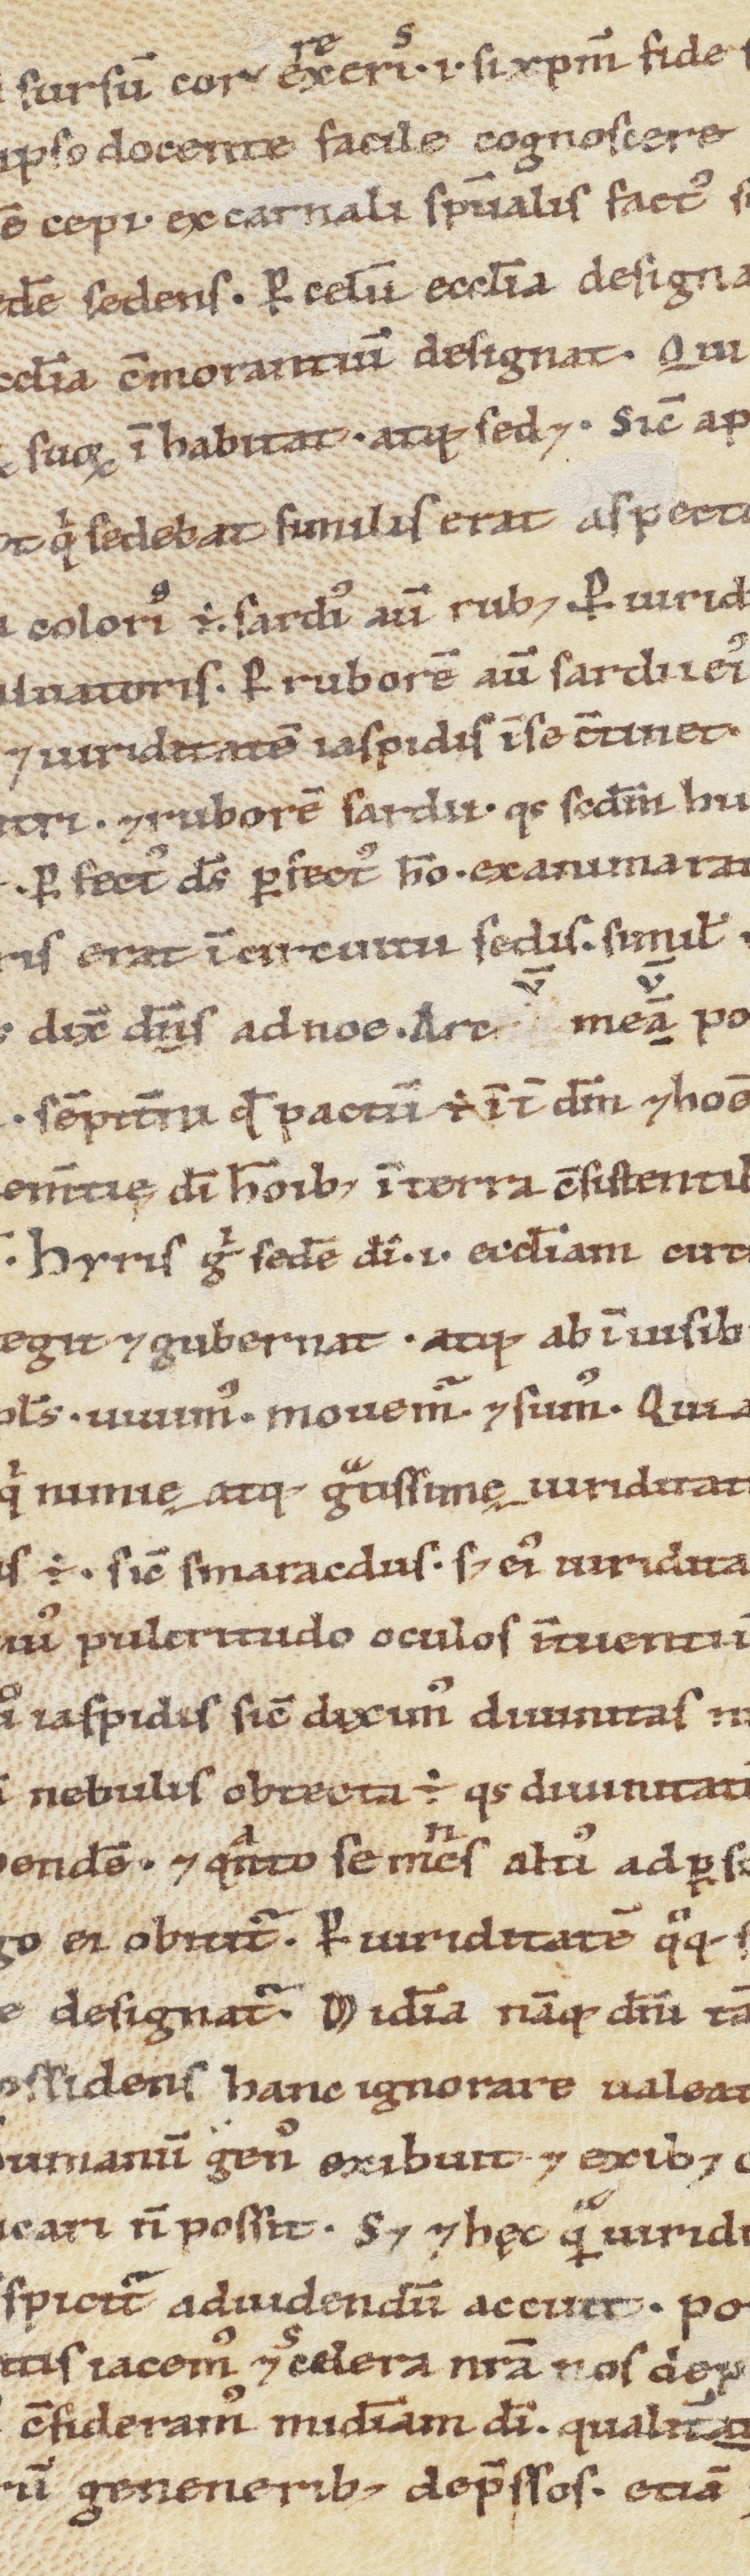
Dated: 1100–1199